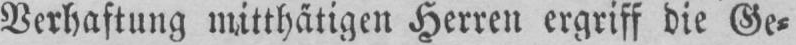
Verhaftung mitthätigen Herren ergriff die Ge⸗